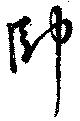
帥